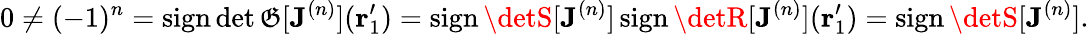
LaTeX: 0\neq(-1)^{n}=\operatorname{sign}\det\mathfrak{G}[\mathbf{{J}}^{(n)}](\mathbf{{r}}_{1}^{\prime})=\operatorname{sign}\detS[\mathbf{{J}}^{(n)}]\operatorname{sign}\detR[\mathbf{{J}}^{(n)}](\mathbf{{r}}_{1}^{\prime})=\operatorname{sign}\detS[\mathbf{{J}}^{(n)}].